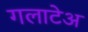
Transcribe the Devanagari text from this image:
गलाटेअ